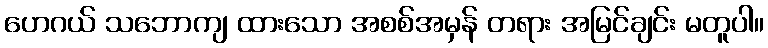
ဟေဂယ် သဘောကျ ထားသော အစစ်အမှန် တရား အမြင်ချင်း မတူပါ။